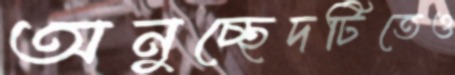
অনুচ্ছেদটিতেও